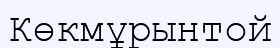
Көкмұрынтой